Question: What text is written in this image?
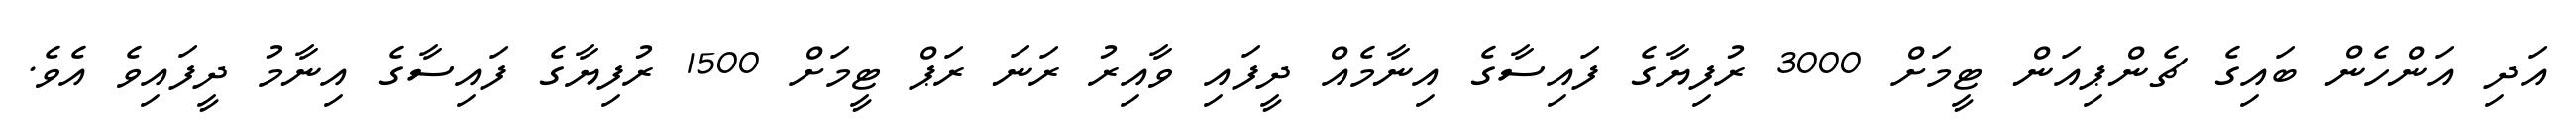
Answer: އަދި އަންހެން ބައިގެ ޗެންޕިއަން ޓީމަށް 3000 ރުފިޔާގެ ފައިސާގެ އިނާމެއް ދީފައި ވާއިރު ރަނަ ރަޕް ޓީމަށް 1500 ރުފިޔާގެ ފައިސާގެ އިނާމު ދީފައިވެ އެވެ.